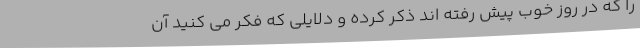
را که در روز خوب پیش رفته اند ذکر کرده و دلایلی که فکر می کنید آن